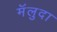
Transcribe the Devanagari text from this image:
मॅलुदा